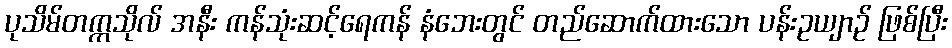
ပုသိမ်တက္ကသိုလ် အနီး ကန်သုံးဆင့်ရေကန် နံဘေးတွင် တည်ဆောက်ထားသော ပန်းဥယျာဉ် ဖြစ်ပြီး